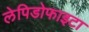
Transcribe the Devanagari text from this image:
लेपिडोफाइटा